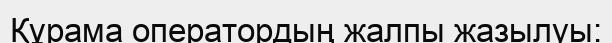
Құрама оператордың жалпы жазылуы: